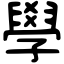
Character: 學